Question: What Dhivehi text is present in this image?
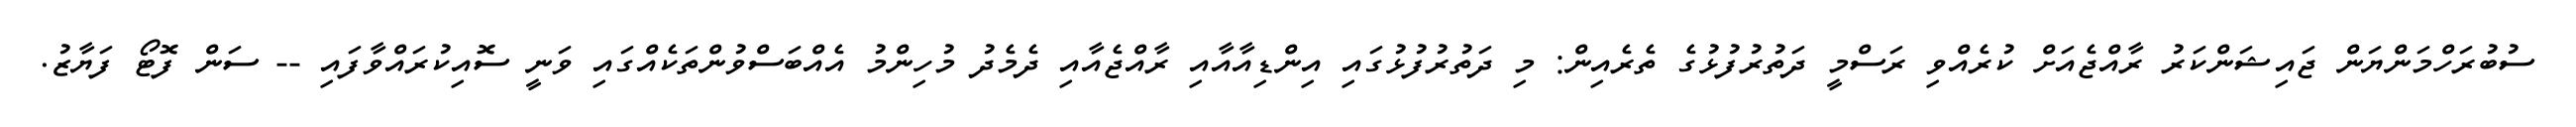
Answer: ސުބުރަހްމަންޔަން ޖައިޝަންކަރު ރާއްޖެއަށް ކުރެއްވި ރަސްމީ ދަތުރުފުޅުގެ ތެރެއިން: މި ދަތުރުފުޅުގައި އިންޑިއާއާއި ރާއްޖެއާއި ދެމެދު މުހިންމު އެއްބަސްވުންތަކެއްގައި ވަނީ ސޮއިކުރައްވާފައި -- ސަން ފޮޓޯ ފަޔާޒު.